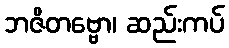
ဘဇိတဗ္ဗော၊ ဆည်းကပ်